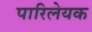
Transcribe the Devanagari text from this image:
पारिलेयक